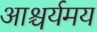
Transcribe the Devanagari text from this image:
आश्चर्यमय